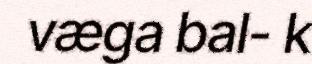
væga bal- k